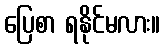
ပြေစာ ရနိုင်မလား။